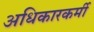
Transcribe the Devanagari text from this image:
अधिकारकर्मी